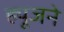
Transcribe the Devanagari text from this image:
ह्यूजने